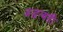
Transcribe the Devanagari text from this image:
जडत्वही